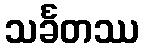
သင်္ခတဿ